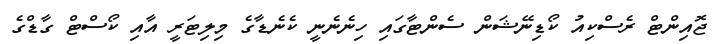
ޖޮއިންޓް ރެސްކިއު ކޯޑިނޭޝަން ސެންޓާގައި ހިނެނެނީ ކެނެޑާގެ މިލިޓަރީ އާއި ކޯސްޓް ގާޑްގެ